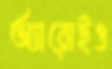
অ্যারোইও